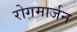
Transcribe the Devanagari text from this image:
रोगमार्जन